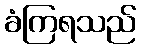
ခံကြရသည်